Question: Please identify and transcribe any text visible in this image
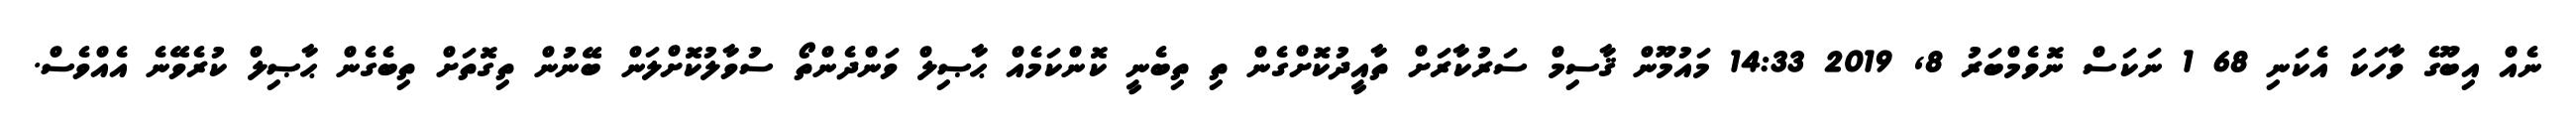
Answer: ނެއް އިބޫގެ ވާހަކަ އެކަނި 68 1 ނަކަސް ނޮވެމްބަރު 8, 2019 14:33 މައުމޫން ޤާސިމް ސަރުކާރަށް ތާއީދުކޮށްގެން ތި ތިބެނީ ކޮންކަމެއް ޙާޞިލް ވަންދެންތޯ ސުވާލުކޮށްލަން ބޭނުން ތިގޮތަށް ތިބެގެން ޙާޞިލް ކުރެވޭނެ އެއްވެސް.